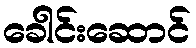
ခေါင်းဆောင်